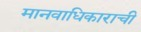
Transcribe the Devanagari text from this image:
मानवाधिकाराची